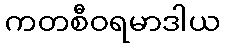
ကတစီဝရမာဒါယ